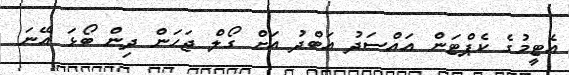
އެޓީމުގެ ކެޕްޓަން އައްސަދު އަބްދު އަށް ގޯލް ޖަހަން ދިން ބޯޅަ އޭނަ